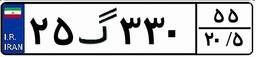
۲۶گ۳۶۳۳۹